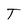
Character: T